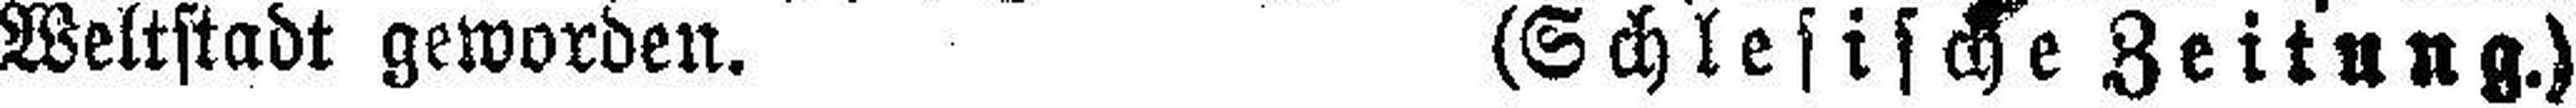
Weltstadt geworden. (Schlesische Zeitung.)